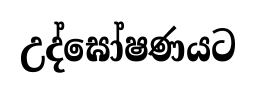
උද්ඝෝෂණයට